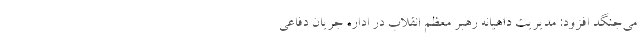
می‌جنگد افزود: مدیریت داهیانه رهبر معظم انقلاب در اداره جریان دفاعی